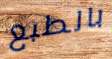
بالطبع